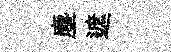
塵遮